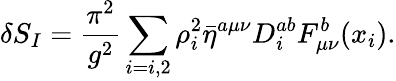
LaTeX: \delta S_{I}=\frac{\pi^{2}}{g^{2}}\sum_{i=i,2}\rho_{i}^{2}\bar{\eta}^{a\mu\nu}D_{i}^{ab}F_{\mu\nu}^{b}(x_{i}).